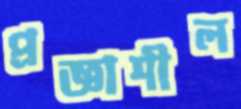
প্রজ্ঞাশীল